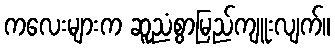
ကလေးများက ဆူညံစွာမြည်ကျူးလျက်။